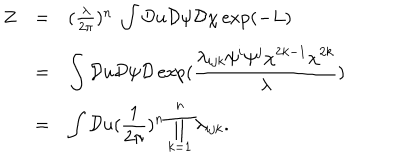
\begin{array} { l l l } { { Z } } & { { = } } & { { ( \frac { \lambda } { 2 \pi } ) ^ { n } \ \displaystyle \int { \cal D } u { \cal D } \psi { \cal D } \chi \exp ( - L ) } } \\ { { ~ } } & { { = } } & { { \displaystyle \int { \cal D } u { \cal D } \psi { \cal D } \exp ( \frac { \lambda _ { i j k } \psi ^ { i } \psi ^ { j } \chi ^ { 2 k - 1 } \chi ^ { 2 k } } { \lambda } ) } } \\ { { ~ } } & { { = } } & { { \displaystyle \int { \cal D } u ( \frac { 1 } { 2 \pi } ) ^ { n } \prod _ { k = 1 } ^ { n } \lambda _ { i j k } . } } \\ \end{array}